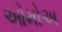
ઓમોઅ